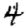
Digit: 4